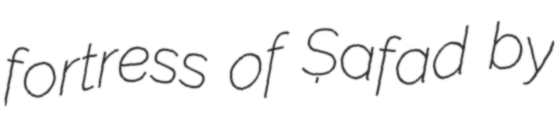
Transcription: fortress of Ṣafad by